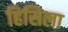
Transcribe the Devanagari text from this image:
हिसिला